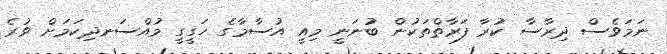
ނަމަވެސް ދިރާސާ ކުރާ ފަރާތްތަކުން ބުނަނީ މިއީ އުސާމާގެ ހަގީގީ މުއްސަނދިކަމަށް ވުރެ